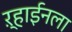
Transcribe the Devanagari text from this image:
ऱ्हाईनला